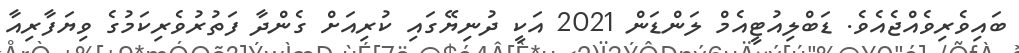
ބައިވެރިވެއްޖެއެވެ. ޑަބްލިއުޓީއެމް ލަންޑަން 2021 އަކީ ދުނިޔޭގައި ކުރިއަށް ގެންދާ ފަތުރުވެރިކަމުގެ ވިޔަފާރިއާ